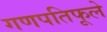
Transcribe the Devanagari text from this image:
गणपतिफूले